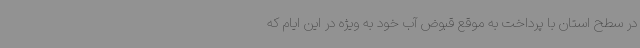
در سطح استان با پرداخت به موقع قبوض آب خود به ویژه در این ایام که